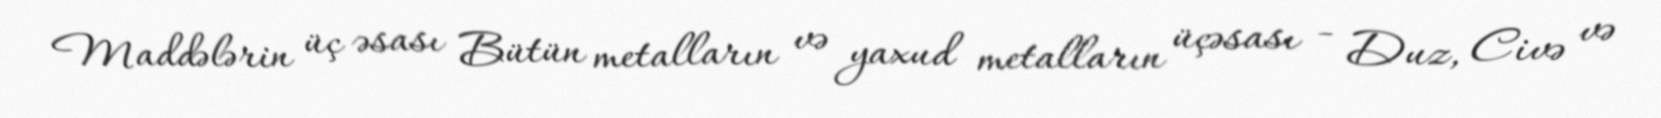
Maddələrin üç əsası Bütün metalların və yaxud metalların üçəsası - Duz, Civə və